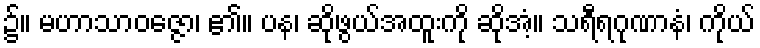
၌။ မဟာသာဝဇ္ဇော၊ ၏။ ပန၊ ဆိုဖွယ်အထူးကို ဆိုအံ့။ သရီရဂုဏာနံ၊ ကိုယ်